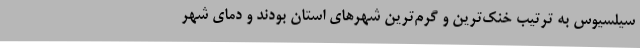
سیلسیوس به ترتیب خنک‌ترین و گرم‌ترین شهرهای استان بودند و دمای شهر